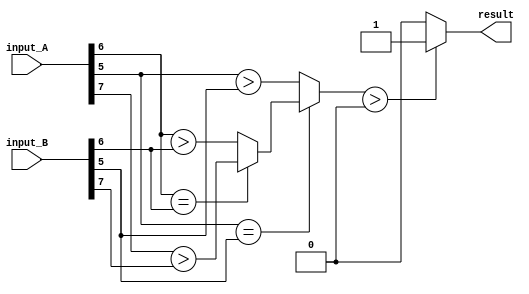
module parallel_comparator (
    input [7:0] input_A,
    input [7:0] input_B,
    output reg result
);

reg [7:0] stage1_result;
reg [6:0] stage2_result;
reg [5:0] stage3_result;
// add more stages as needed

assign stage1_result = input_A[7] > input_B[7];
assign stage2_result = (input_A[6] == input_B[6]) ? stage1_result : (input_A[6] > input_B[6]);
assign stage3_result = (input_A[5] == input_B[5]) ? stage2_result : (input_A[5] > input_B[5]);
// add more comparisons for each stage

always @* begin
    result = (stage3_result > 0) ? 1'b1 : 1'b0;
end

endmodule